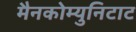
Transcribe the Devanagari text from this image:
मैनकोम्युनिटाट